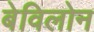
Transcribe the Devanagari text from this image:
बेविलोन